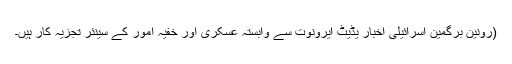
(رونین برگمین اسرائیلی اخبار یڈیٹ ایرونوت سے وابستہ عسکری اور خفیہ امور کے سینئر تجزیہ کار ہیں۔